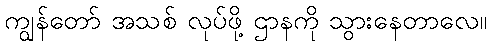
ကျွန်တော် အသစ် လုပ်ဖို့ ဌာနကို သွားနေတာလေ။